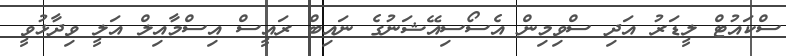
ސްކައުޓް ލީޑަރު އަދި ސްވިމިން އެސޯސިއޭޝަނުގެ ނައިބް ރައީސް އިސްމާއިލް އަލީ ވިދާޅުވީ